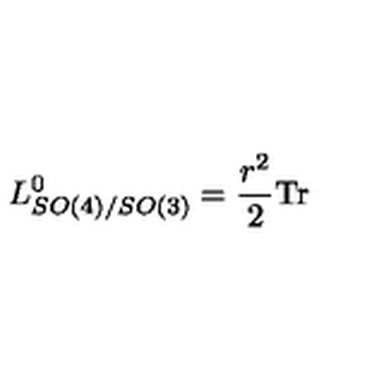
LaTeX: L _ { S O ( 4 ) / S O ( 3 ) } ^ { 0 } = { \frac { r ^ { 2 } } { 2 } } \mathrm { T r }